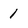
Character: 1